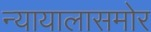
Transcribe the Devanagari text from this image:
न्यायालासमोर